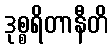
ဒုစ္စရိတာနီတိ